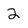
Character: 2